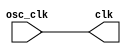

module pll(
    input  wire osc_clk,
    output wire clk
    );

    assign clk = osc_clk;

endmodule